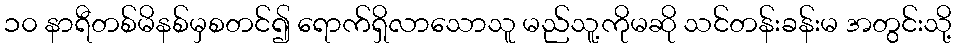
၁၀ နာရီတစ်မိနစ်မှစတင်၍ ရောက်ရှိလာသောသူ မည်သူ့ကိုမဆို သင်တန်းခန်းမ အတွင်းသို့